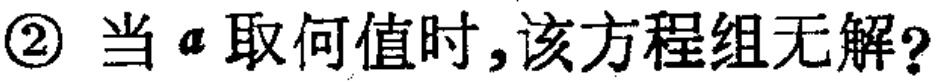
\textcircled{2} 当 \(a\) 取何值时，该方程组无解？